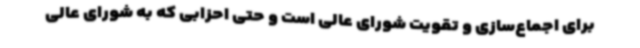
برای اجماع‌سازی و تقویت شورای عالی است و حتی احزابی که به شورای عالی